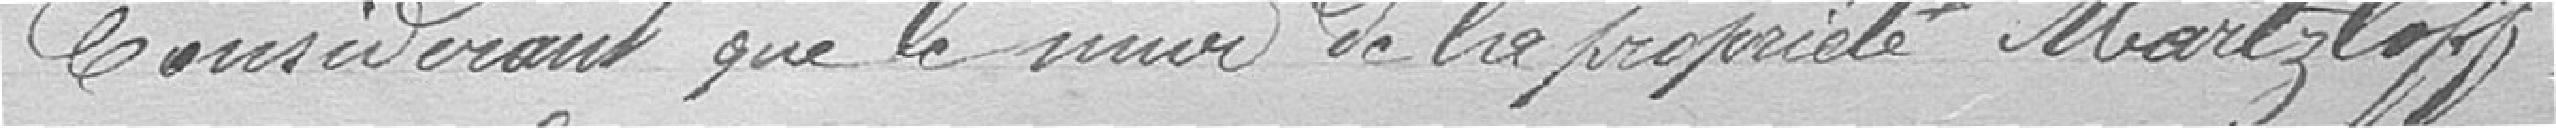
Considérant que le mur de la propriété Martzloff